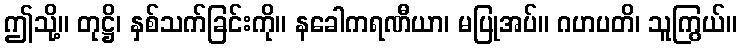
ဤသို့။ တုဋ္ဌိ၊ နှစ်သက်ခြင်းကို။ နခေါကရဏီယာ၊ မပြုအပ်။ ဂဟပတိ၊ သူကြွယ်။